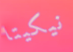
نيكيتا